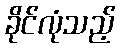
ခိုင်လုံသည့်